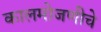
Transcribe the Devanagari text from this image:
कालमोजणीचे